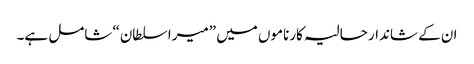
ان کے شاندار حالیہ کارناموں میں ”میرا سلطان“ شامل ہے۔